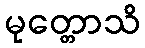
မုတ္တောသိ